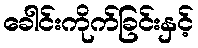
ခေါင်းကိုက်ခြင်းနှင့်